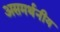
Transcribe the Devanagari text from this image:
असमर्थनीय